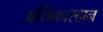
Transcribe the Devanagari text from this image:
अधिकारदान